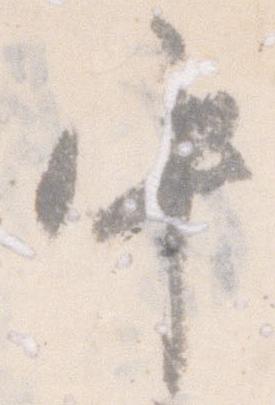
中